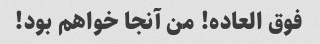
فوق العاده! من آنجا خواهم بود!